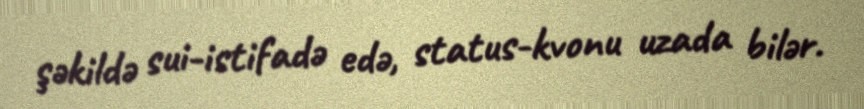
şəkildə sui-istifadə edə, status-kvonu uzada bilər.